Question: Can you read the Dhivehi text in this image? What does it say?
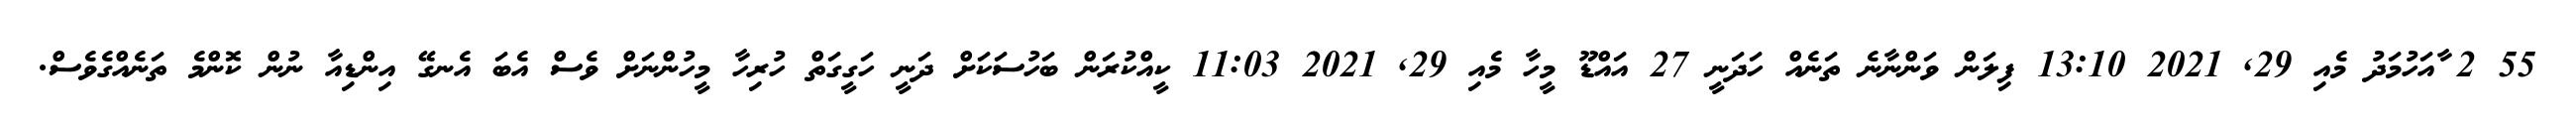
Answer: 55 2 ާއަހުމަދު މެއި 29, 2021 13:10 ފިލަން ވަންނާނެ ތަނެއް ހަދަނީ 27 އައްޑޫ މީހާ މެއި 29, 2021 11:03 ކީއްކުރަން ބަހުސަކަށް ދަނީ ހަގީގަތް ހުރިހާ މީހުންނަށް ވެސް އެބަ އެނގޭ އިންޑިއާ ނުން ކޮންމެ ތަނެއްގެވެސް.